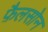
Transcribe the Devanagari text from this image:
फ़ैलसोन